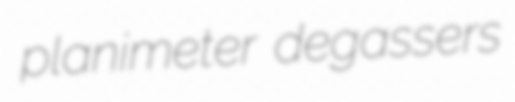
planimeter degassers